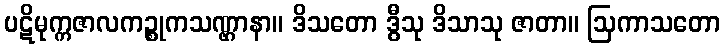
ပဋိမုက္ကဇာလကဉ္စုကသဏ္ဌာနာ။ ဒိသတော ဒွီသု ဒိသာသု ဇာတာ။ ဩကာသတော